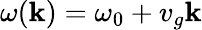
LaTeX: \omega(\mathbf{k})=\omega_{0}+v_{g}\mathbf{k}